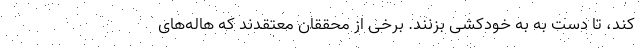
کند، تا دست به به خودکشی بزنند. برخی از محققان معتقدند که هاله‌های